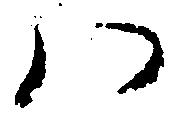
八